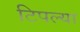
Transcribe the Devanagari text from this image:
टिपल्या